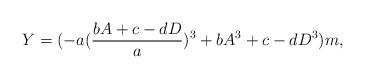
LaTeX: \begin{align*}Y=(-a(\frac{bA+c-dD}{a})^3+bA^3+c-dD^3)m,\end{align*}